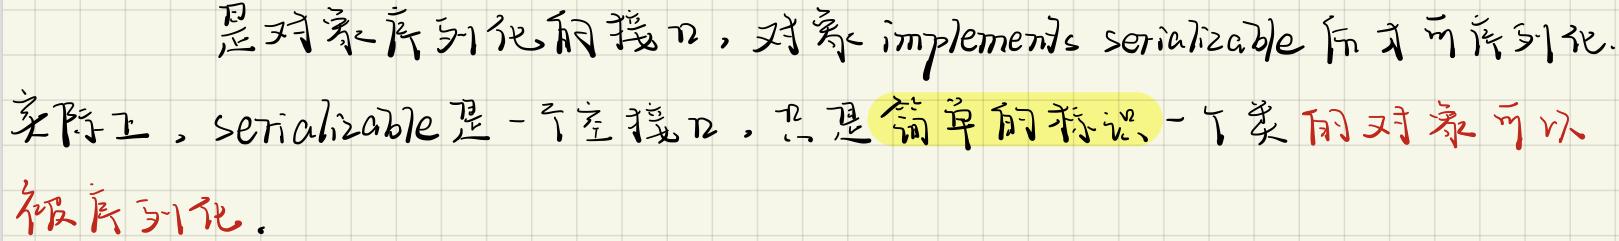
是对象序列化的接口，对象implements serializable后才可序列化.实际上，serializable是一个空接口，只是简单的标识一个类的对象可以被序列化.